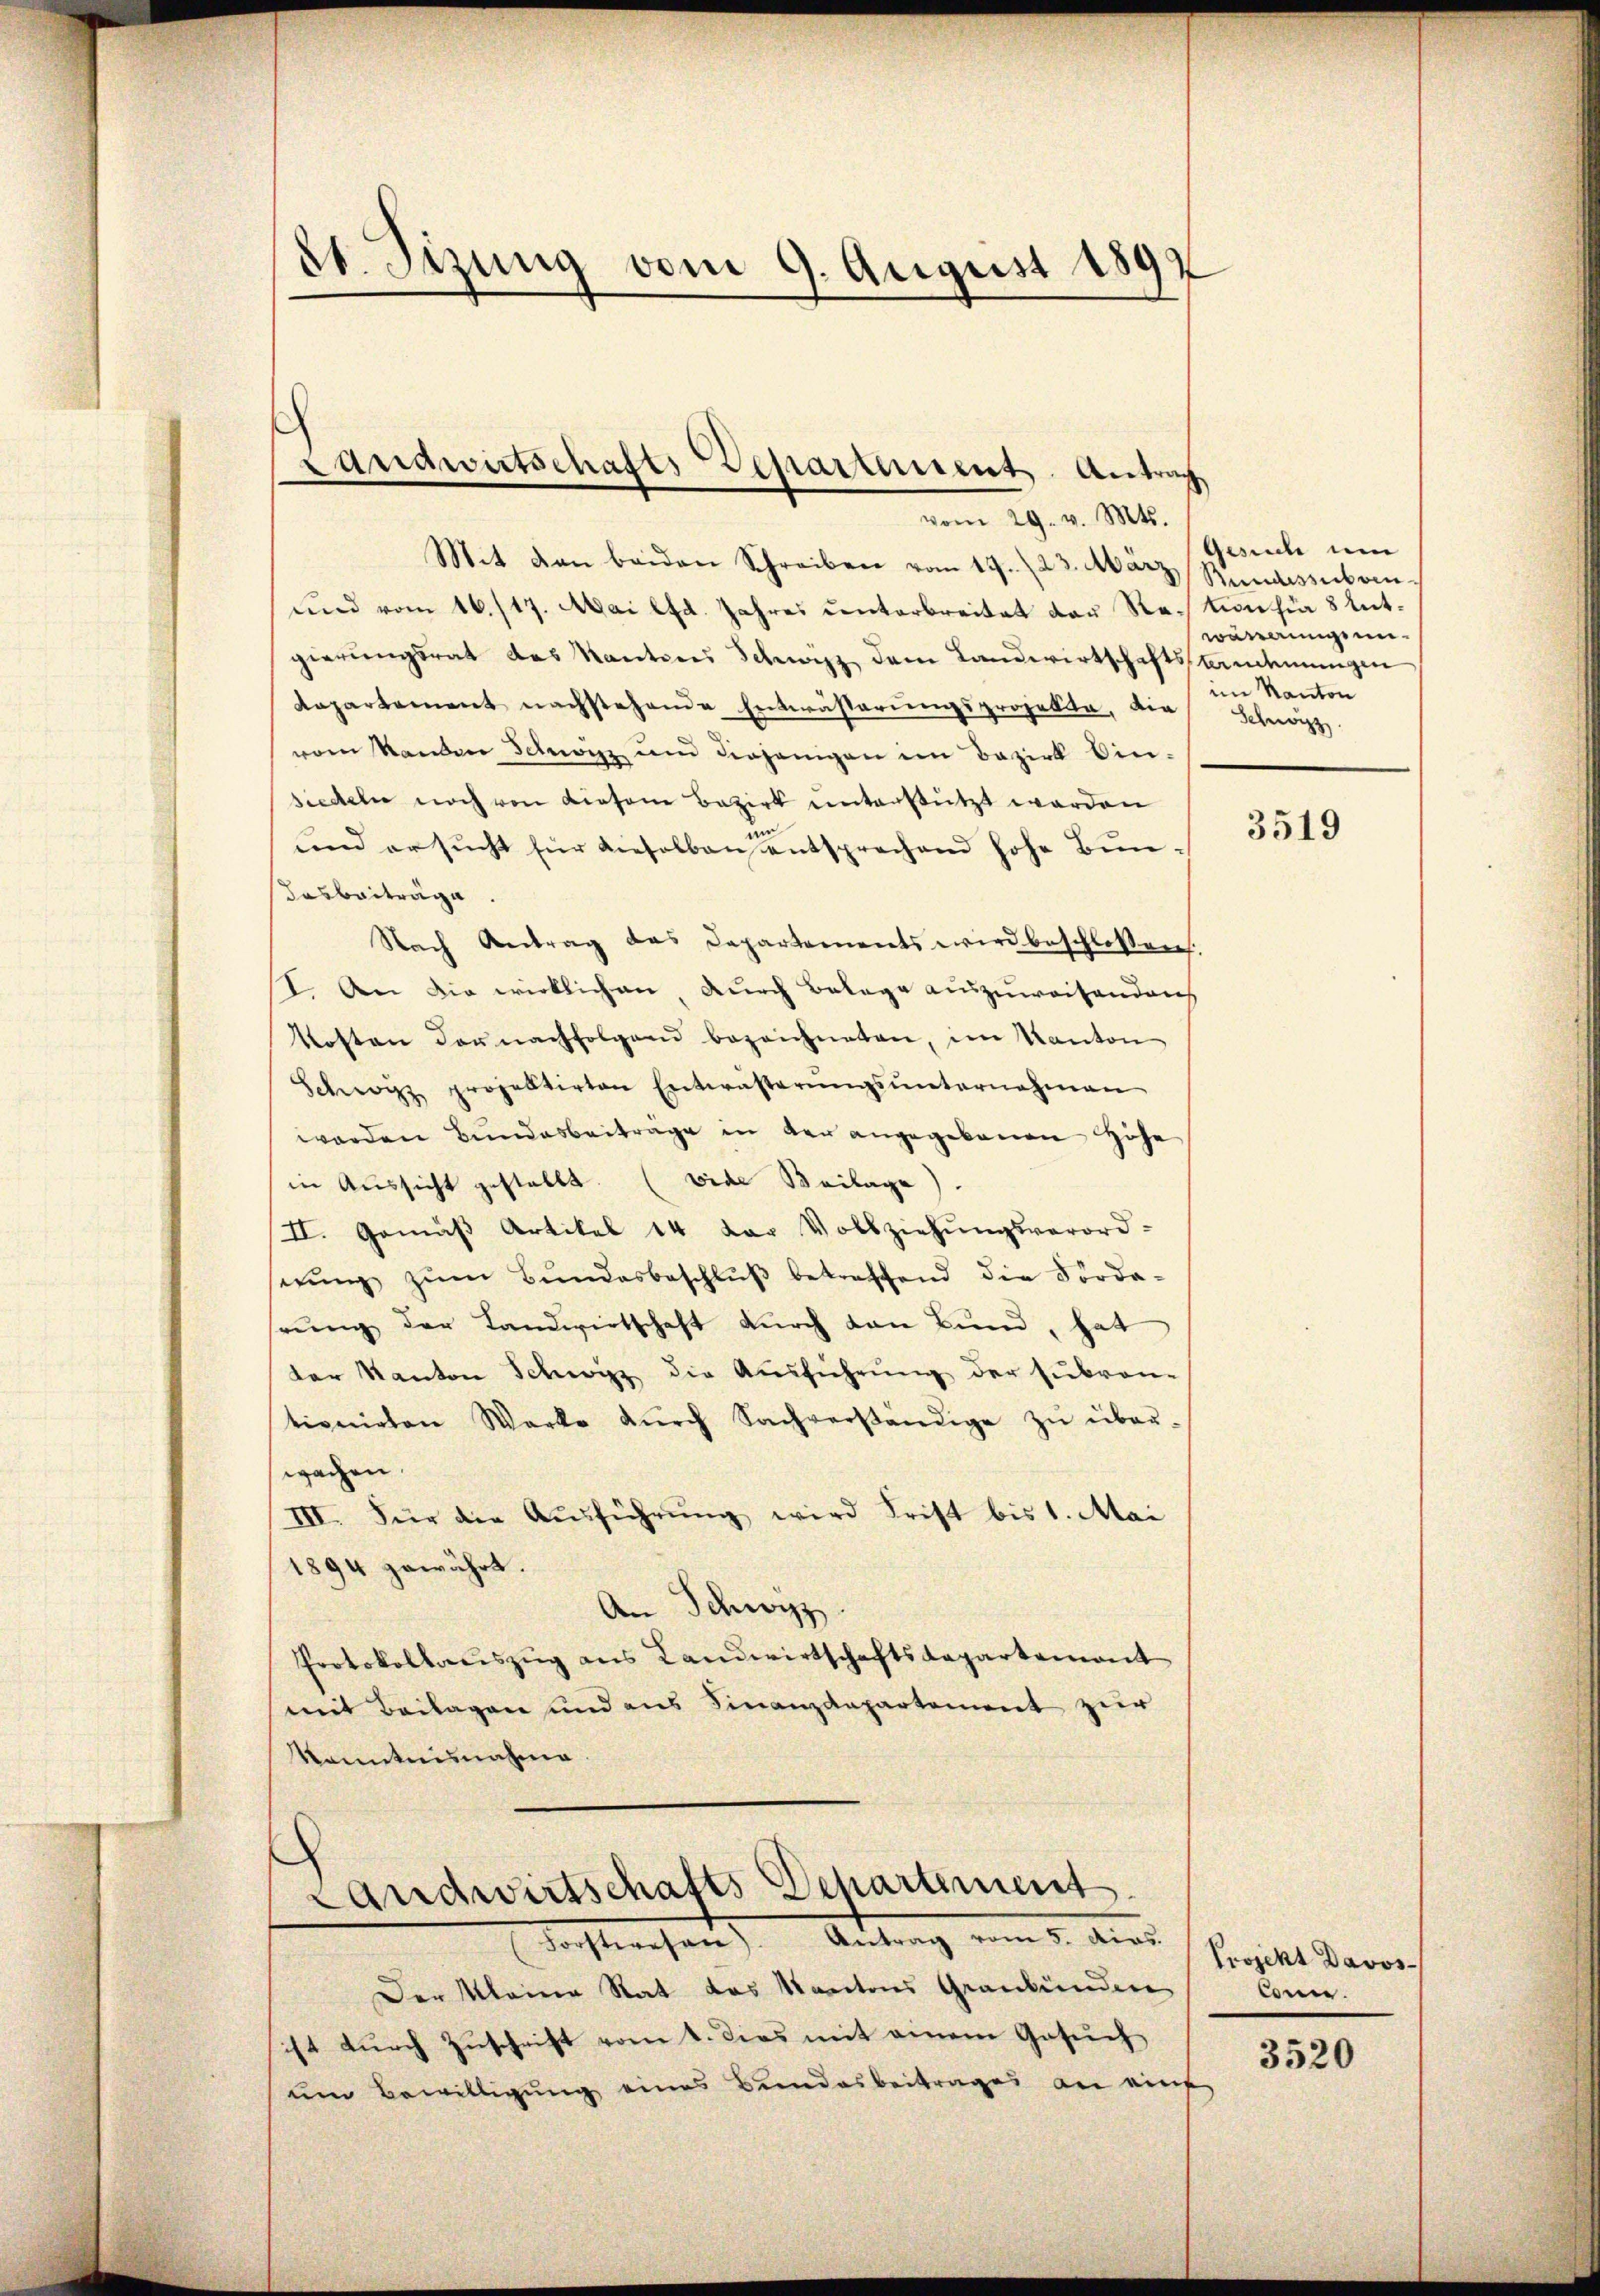
21. Sizung vom 9. August 1892

Mit den beiden Schreiben vom 17. 23. März, Rundeszubrin
und vom 16. 117. Mai lfd. Jahres unterbreitet der Rection für 8 entgierungsrat des Kantons Schwarz dem Landwirtschaftsstanderungen
Repartement nachstehende Entwässerungsprojekte, die
vom Standen Schwizz ŭm diejenigen im Bezirk Ein-
siedeln noch von diesem Bezirk unterstützt werden
in
und ersucht für dieselben entsprechend hohe Bun¬
Dasbeiträge
Nach Antrag das Departements wird beschlossen.
I. An die wirklichen, durch Belage auszuweisenden
Kosten der nachfolgend bezeichneten, im Kanton
Schwyzz projektirten Entwästerŭngsŭnternehmen
werden Bundesbeiträge in der angegebenen Höhe
in Aussicht gestellt. (vide Beilage).
II. Gemäβ Artikel 14 der Vollziehŭngsverord-
serŭng zŭm Bŭndesbeschlŭβ betreffend die Forde-
rung der Landwirtschaft durch den Bund, hat
der Kanton Schwyz die Aŭsführŭng der subron-
tionirten Werke dŭrch Sachverständige zŭ über-
swachen.
III. Für die Ausführung wird Frist bis 1. Mai
1894 gewährt.
An Schwyz
Protokollauszug aus Landwirtschaftsdepartement
mit Beilagen und aus Finanzdepartement zur
kanntnisnahme.
¬
Landwirtschafts Departement
Forstwesen). Antrag vom 5. dies
Der Meine Rat das Kantons Graubünden
ist durch Zŭschrift vom 1. dies mit einem Gesŭch
um Bewilligung eines Bundesbeitrages an eine

Landwirtschafts Departement Antrag
vom 29. v. Mts.

Gesiche um
wärungen
im Kanton
Schwyz.

3519

Projekt Davos-
könne.

3520